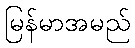
မြန်မာအမည်